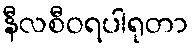
နီလစီဝရပါရုတာ